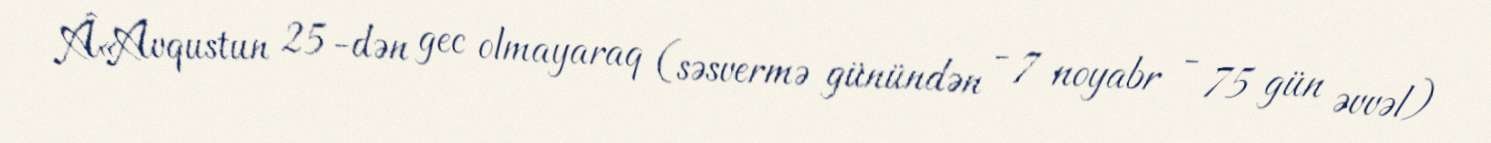
Â«Avqustun 25-dən gec olmayaraq (səsvermə günündən - 7 noyabr - 75 gün əvvəl)